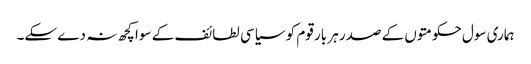
ہماری سول حکومتوں کے صدر ہر بار قوم کو سیاسی لطائف کے سوا کچھ نہ دے سکے۔